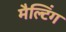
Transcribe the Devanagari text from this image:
मैल्टिंग